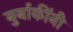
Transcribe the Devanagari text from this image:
बुर्बाकींनी